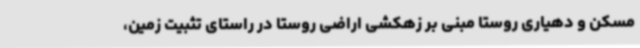
مسکن و دهیاری روستا مبنی بر زهکشی اراضی روستا در راستای تثبیت زمین،